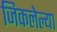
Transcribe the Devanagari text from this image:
जिकलेल्या